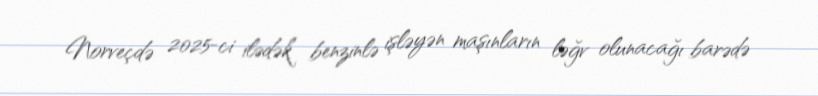
Norveçdə 2025-ci ilədək benzinlə işləyən maşınların ləğv olunacağı barədə